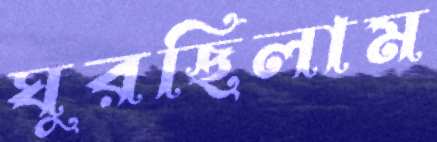
ঘুরছিলাম